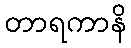
တာရကာနိ